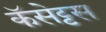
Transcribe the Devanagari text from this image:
कॅसेट्टस